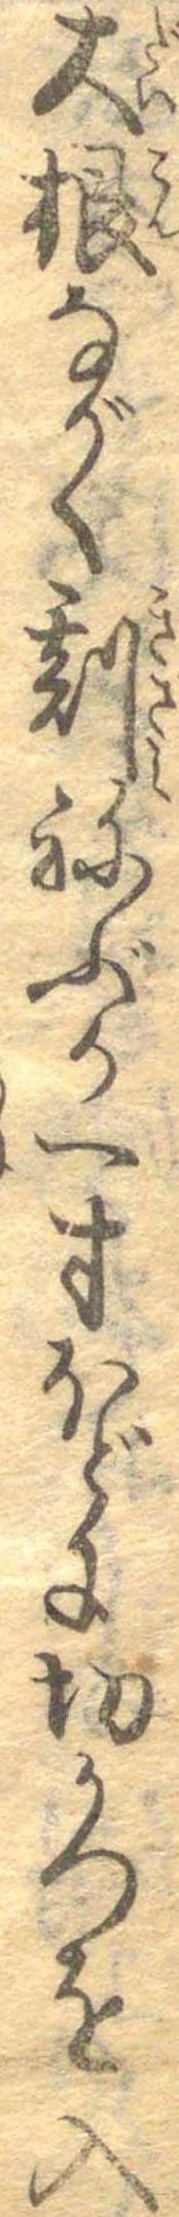
大根ながく刻ねぶか一寸ほどに切かつを入